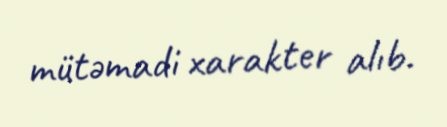
mütəmadi xarakter alıb.